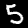
Label: 5